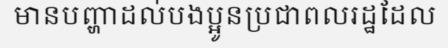
មានបញ្ហាដល់បងប្អូនប្រជាពលរដ្ឋដែល